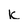
Character: k